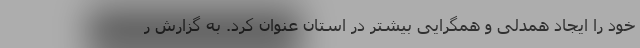
خود را ایجاد همدلی و همگرایی بیشتر در استان عنوان کرد. به گزارش ر